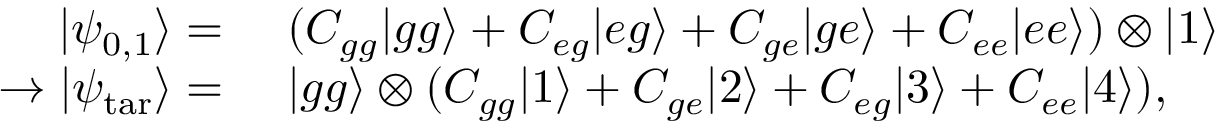
\begin{array} { r l } { | \psi _ { 0 , 1 } \rangle = } & { ~ ( C _ { g g } | g g \rangle + C _ { e g } | e g \rangle + C _ { g e } | g e \rangle + C _ { e e } | e e \rangle ) \otimes | 1 \rangle } \\ { \rightarrow | \psi _ { \mathrm { t a r } } \rangle = } & { ~ | g g \rangle \otimes ( C _ { g g } | 1 \rangle + C _ { g e } | 2 \rangle + C _ { e g } | 3 \rangle + C _ { e e } | 4 \rangle ) , } \end{array}